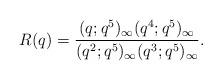
LaTeX: \begin{align*}R(q)=\dfrac{(q;q^5)_\infty(q^4;q^5)_\infty}{(q^2;q^5)_\infty(q^3;q^5)_\infty}.\end{align*}